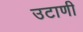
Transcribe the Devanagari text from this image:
उटाणी